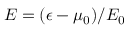
E = ( \epsilon - \mu _ { 0 } ) / E _ { 0 }